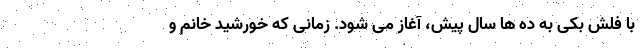
با فلش بکی به ده ها سال پیش، آغاز می شود. زمانی که خورشید خانم و